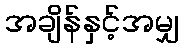
အချိန်နှင့်အမျှ